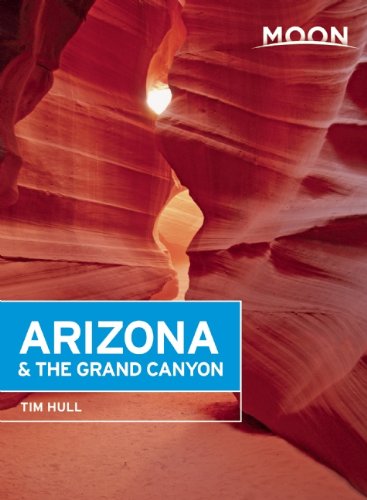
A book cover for Moon Arizona & the Grand Canyon (Moon Handbooks); Tim Hull; Travel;